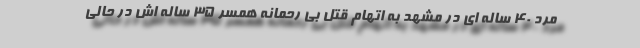
مرد 40 ساله ای در مشهد به اتهام قتل بی رحمانه همسر 35 ساله اش در حالی